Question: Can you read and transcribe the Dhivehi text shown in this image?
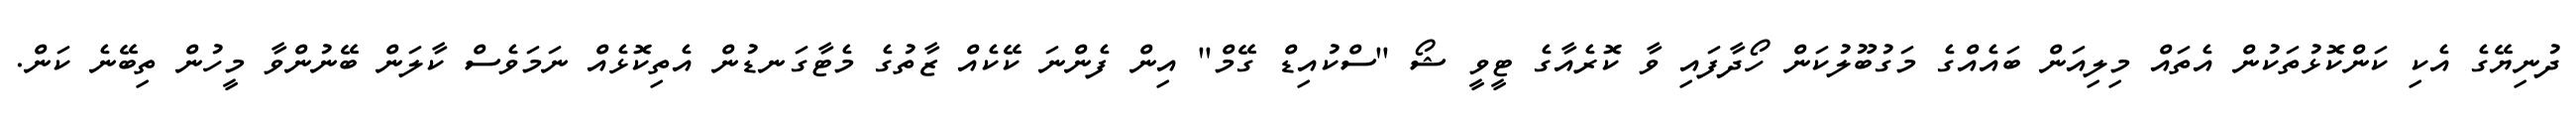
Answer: ދުނިޔޭގެ އެކި ކަންކޮޅުތަކުން އެތައް މިލިއަން ބައެއްގެ މަގުބޫލުކަން ހޯދާފައި ވާ ކޮރެއާގެ ޓީވީ ޝޯ "ސްކުއިޑް ގޭމް" އިން ފެންނަ ކޭކެއް ޒާތުގެ މެޓާގަނޑުން އެތިކޮޅެއް ނަމަވެސް ކާލަން ބޭނުންވާ މީހުން ތިބޭނެ ކަން.